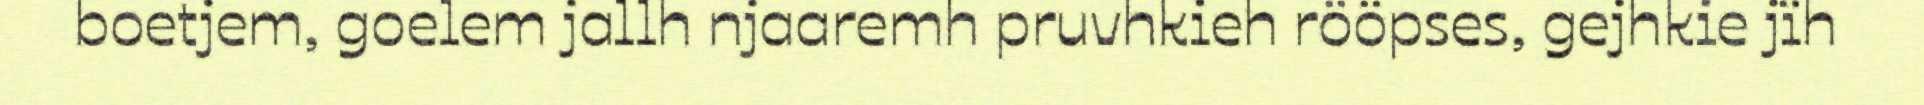
boetjem, goelem jallh njaaremh pruvhkieh rööpses, gejhkie jïh